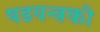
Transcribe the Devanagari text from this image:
षडयन्त्रकी